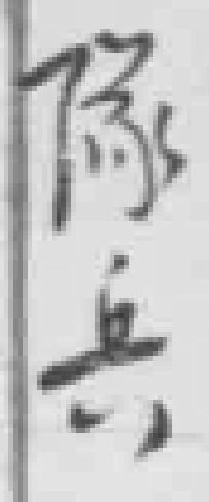
隊兵